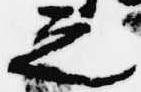
之